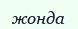
жонда